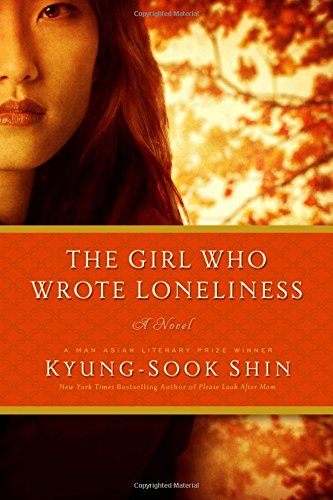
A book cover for The Girl Who Wrote Loneliness: A Novel; Kyung-Sook Shin; Literature & Fiction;